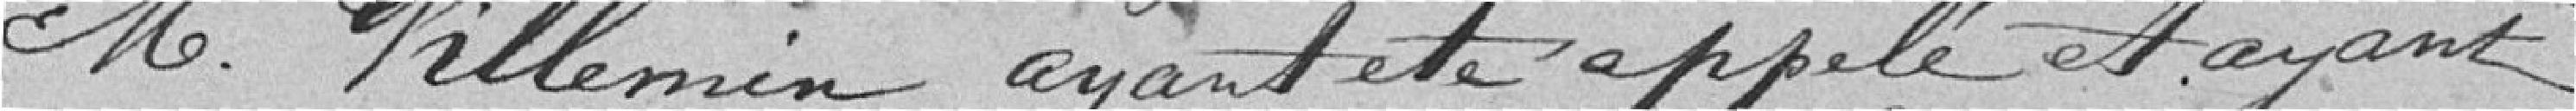
M. Villemin ayant été appelé et ayant